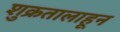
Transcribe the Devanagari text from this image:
शुक्रतालाहून